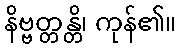
နိဗ္ဗတ္တန္တိ၊ ကုန်၏။